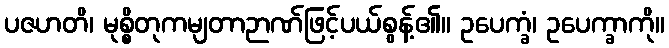
ပဇဟတိ၊ မုစ္စိတုကမျတာဉာဏ်ဖြင့်ပယ်စွန့်၏။ ဥပေက္ခံ၊ ဥပေက္ခာကို။